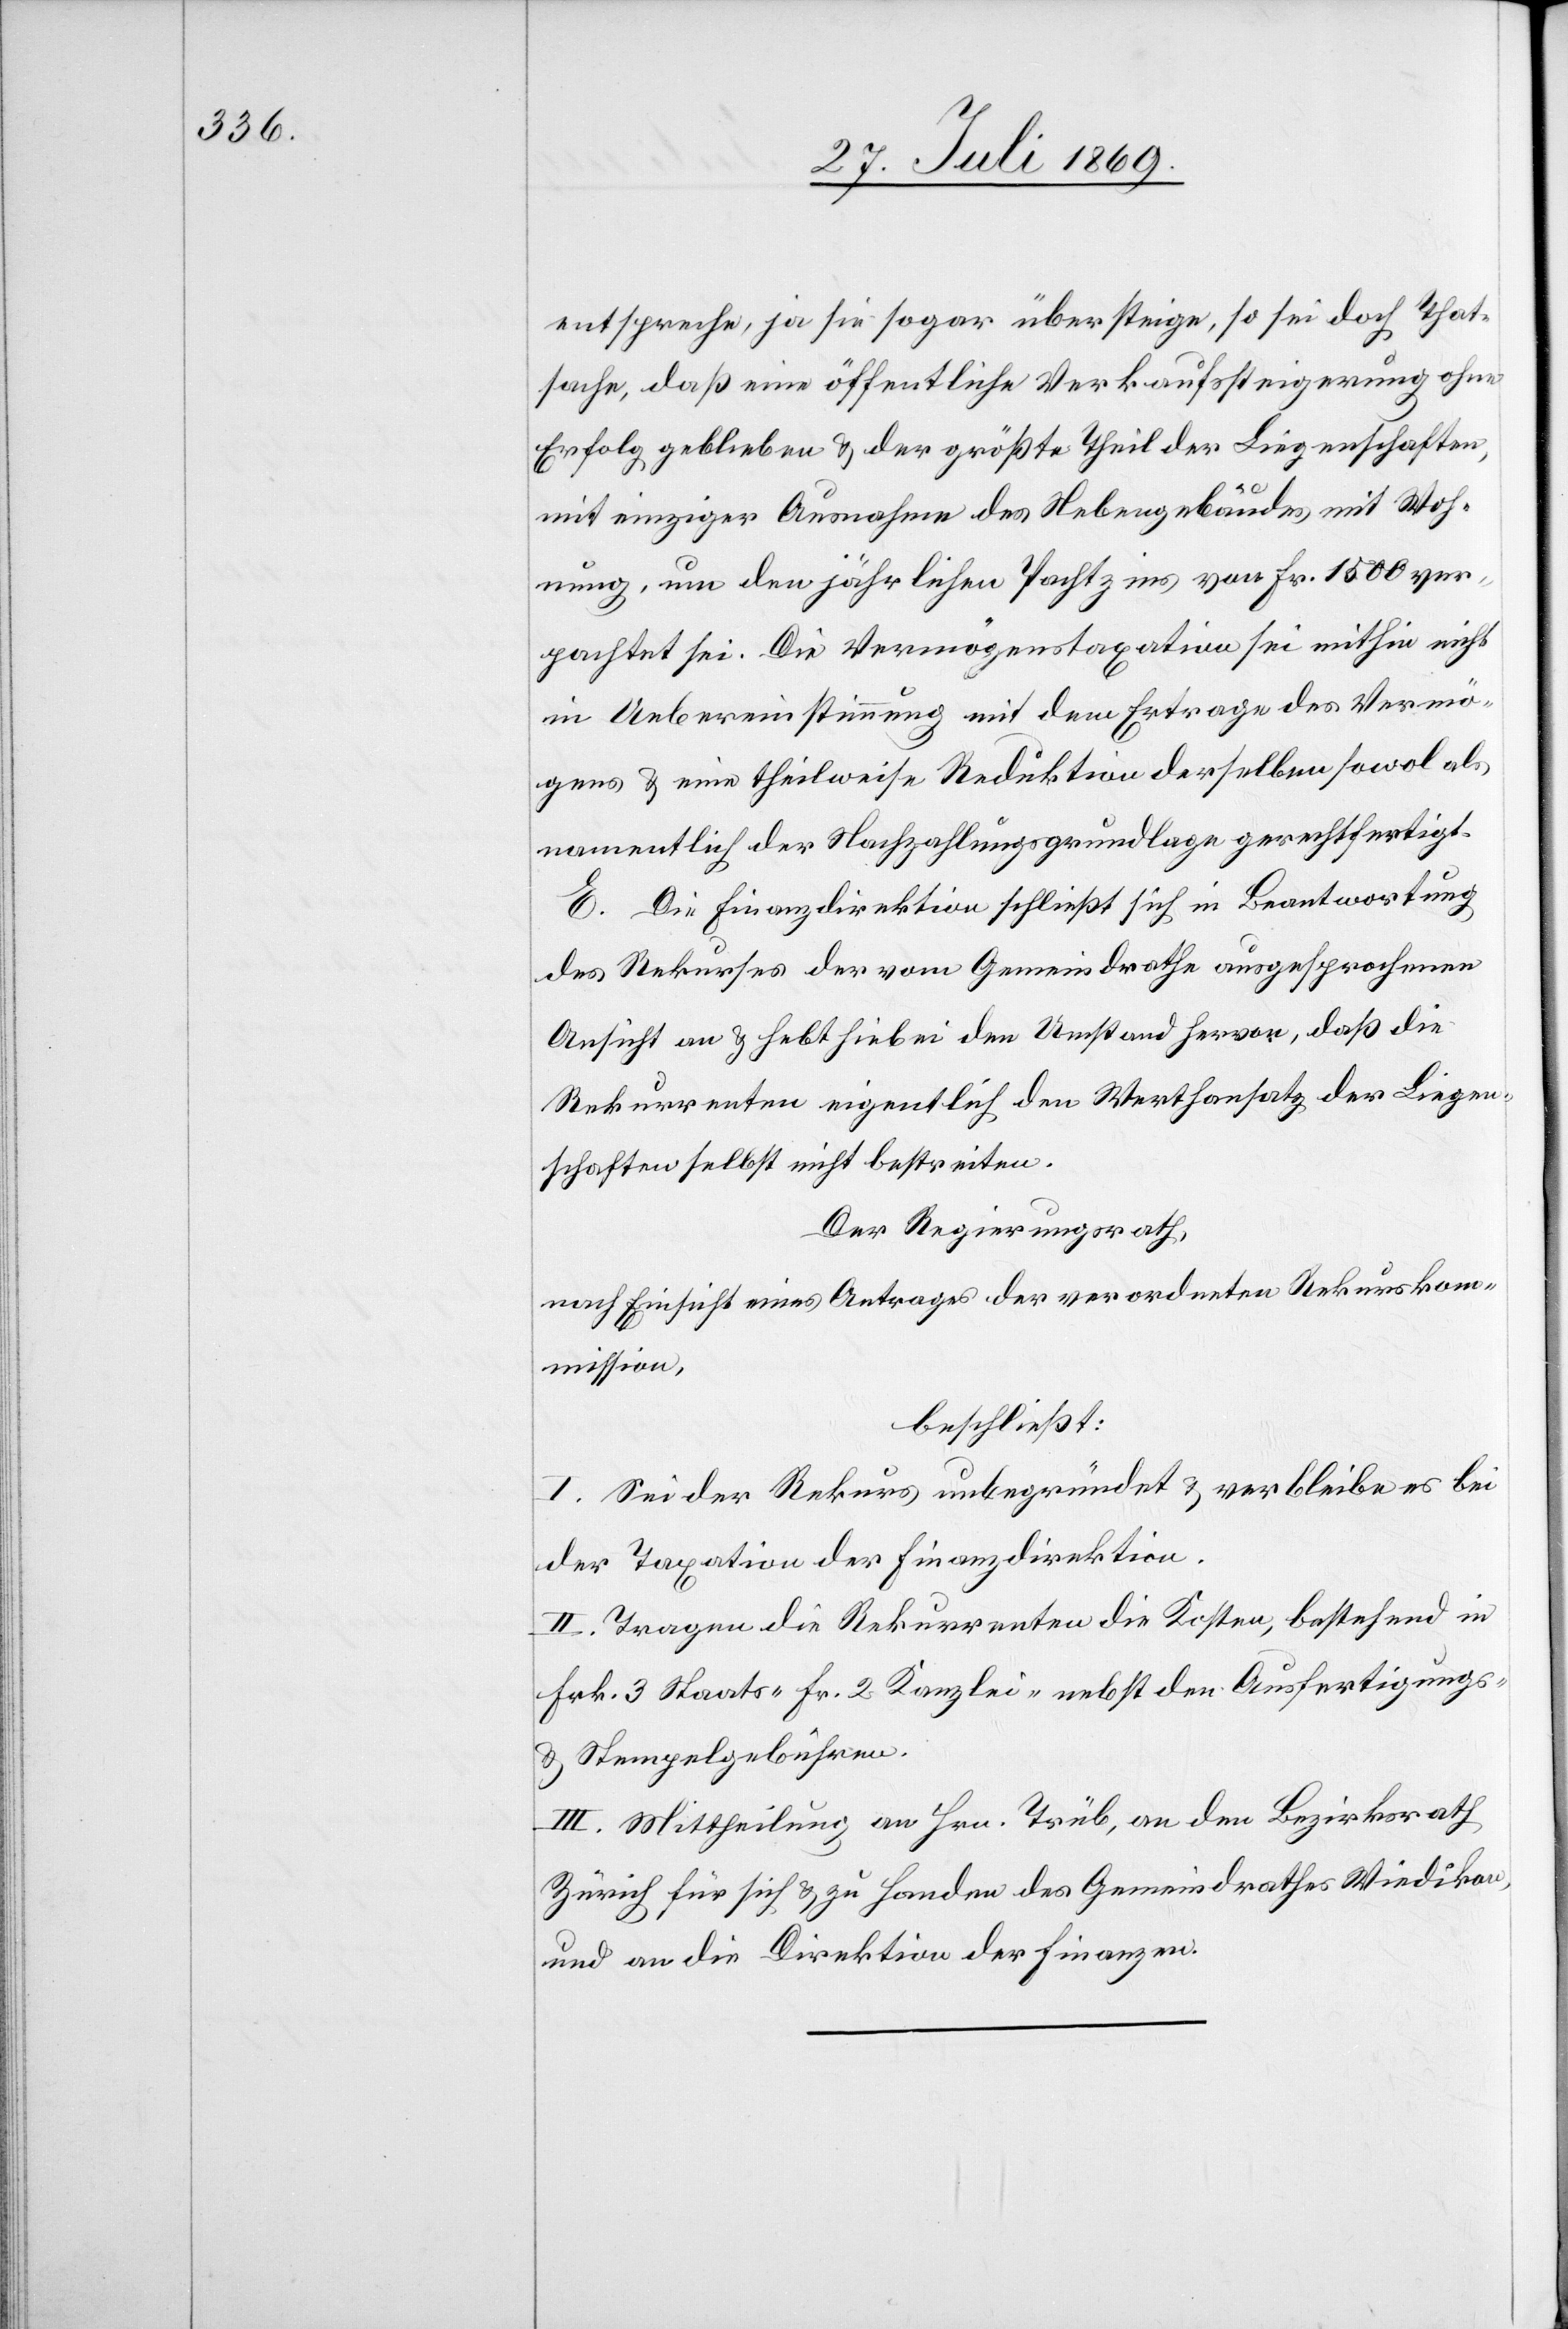
entspreche, ja sie sogar übersteige, so sei doch That¬
sache, daß eine öffentliche Verkaufssteigerung ohne
Erfolg geblieben u. der größte Theil der Liegenschaften,
mit einziger Ausnahme des Nebengebäudes mit Woh¬
nung, um den jährlichen Pachtzins von Fr. 1500 ver¬
pachtet sei. Die Vermögenstaxation sei mithin nicht
in Uebereinstimmung mit dem Ertrage des Vermö¬
gens u. eine theilweise Reduktion derselben sowol als
namentlich der Nachzahlungsgrundlage gerechtfertigt.
E. Die Finanzdirektion schließt sich in Beantwortung
des Rekurses der vom Gemeindrathe ausgesprochenen
Ansicht an u. hebt hiebei den Umstand hervor, daß die
Rekurrenten eigentlich den Werthansatz der Liegen¬
schaften selbst nicht bestreiten.
Der Regierungsrath,
nach Einsicht eines Antrages der verordneten Rekurskom¬
mission,
beschließt:
I. Sei der Rekurs unbegründet u. verbleibe es bei
der Taxation der Finanzdirektion.
II. Tragen die Rekurrenten die Kosten, bestehend in
Frk. 3 Staats-[,] Fr. 2 Kanzlei- nebst den Ausfertigungs-
u. Stempelgebühren.
III. Mittheilung an Hrn. Trüb, an den Bezirksrath
Zürich für sich u. zu Handen des Gemeindrathes Wiedikon,
und an die Direktion der Finanzen.